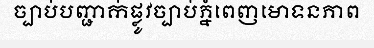
ច្បាប់បញ្ជាក់ផ្លូវច្បាប់ភ្នំពេញមោទនភាព